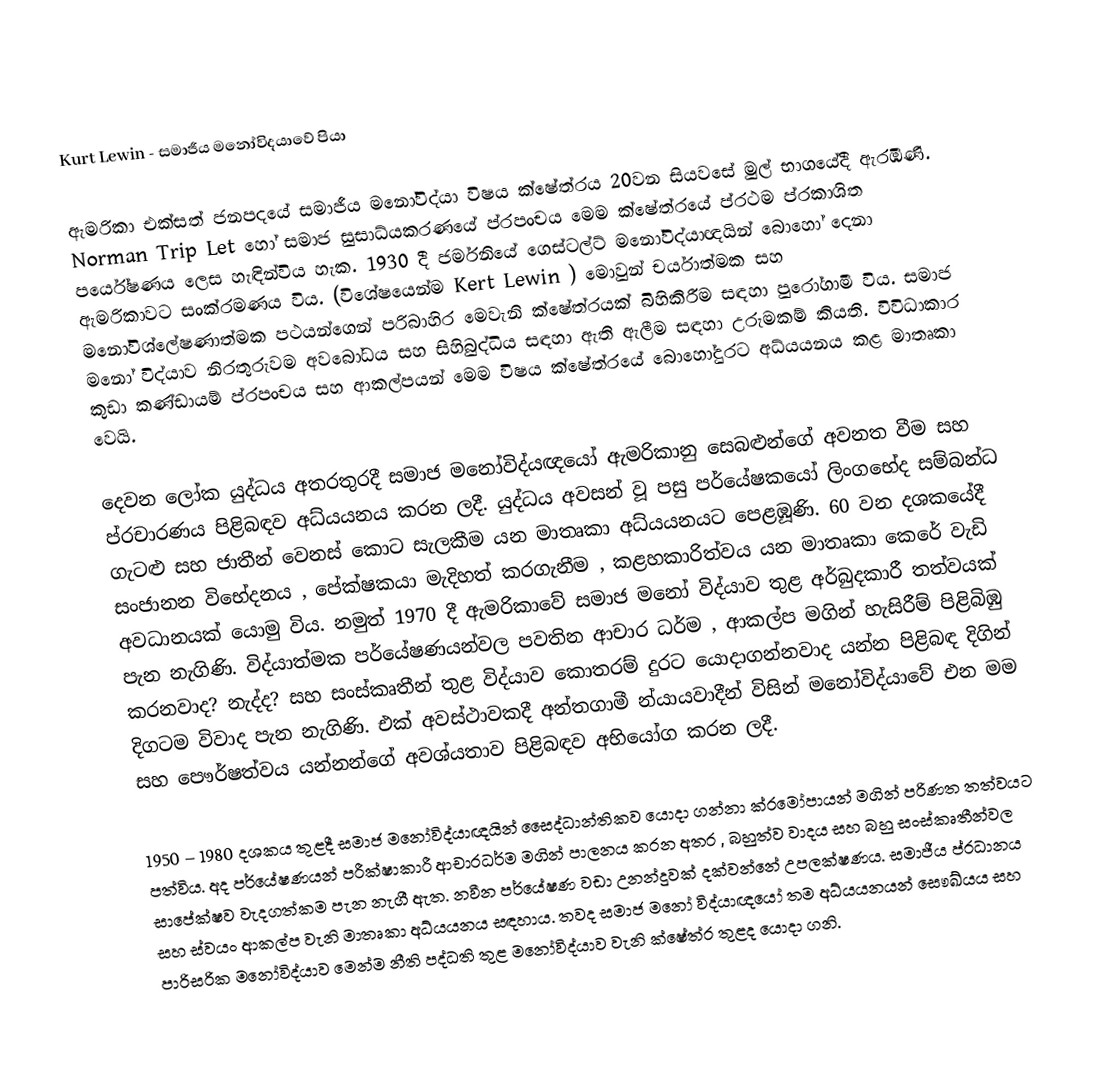
Kurt Lewin - සමාජීය මනෝවිදයාවේ පියා

ඇමරිකා එක්සත් ජනපදයේ සමාජීය මනෝවිද්යා විෂය ක්ෂේත්රය 20වන සියවසේ මුල් භාගයේදී ඇරඹිණි. Norman Trip Let  හෝ සමාජ සුසාධ්යකරණයේ ප්රපංචය මෙම ක්ෂේත්රයේ ප්රථම ප්රකාශිත පර්යේෂණය ලෙස හැඳින්විය හැක. 1930 දී ජර්මනියේ ගෙස්ටල්ට් මනෝවිද්යාඥයින් බොහෝ දෙනා ඇමරිකාවට සංක්රමණය විය. (විශේෂයෙන්ම Kert Lewin ) මොවුන් චර්යාත්මක සහ මනෝවිශ්ලේෂණාත්මක පථයන්ගෙන් පරිබාහිර මෙවැනි ක්ෂේත්රයක් බිහිකිරීම සඳහා පුරෝගාමී විය. සමාජ මනෝ විද්යාව නිරතුරුවම අවබෝධය සහ සිහිබුද්ධිය සඳහා ඇති ඇලීම සඳහා උරුමකම් කියති. විවිධාකාර කුඩා කණ්ඩායම් ප්රපංචය සහ ආකල්පයන් මෙම විෂය ක්ෂේත්රයේ බොහෝදුරට අධ්යයනය කළ මාතෘකා වෙයි.

දෙවන ලෝක යුද්ධය අතරතුරදී සමාජ මනෝවිද්යඥයෝ ඇමරිකානු සෙබළුන්ගේ අවනත වීම සහ ප්රචාරණය පිළිබඳව අධ්යයනය කරන ලදී. යුද්ධය අවසන් වූ පසු පර්යේෂකයෝ ලිංගභේද සම්බන්ධ ගැටළු සහ ජාතීන් වෙනස් කොට සැලකීම යන මාතෘකා අධ්යයනයට පෙළඹූණි. 60 වන දශකයේදී සංජානන විභේදනය , පේක්ෂකයා මැදිහත් කරගැනීම , කළහකාරිත්වය යන මාතෘකා කෙරේ වැඩි අවධානයක් යොමු විය. නමුත් 1970 දී ඇමරිකාවේ සමාජ මනෝ විද්යාව තුළ අර්බුදකාරී තත්වයක් පැන නැගිණි.  විද්යාත්මක පර්යේෂණයන්වල පවතින ආචාර ධර්ම , ආකල්ප මගින් හැසිරීම් පිළිබිඹු කරනවාද? නැද්ද? සහ සංස්කෘතීන් තුළ විද්යාව කොතරම් දුරට යොදාගන්නවාද යන්න පිළිබඳ දිගින් දිගටම විවාද පැන නැගිණි. එක් අවස්ථාවකදී අන්තගාමී න්යායවාදීන් විසින් මනෝවිද්යාවේ එන මම සහ පෞර්ෂත්වය යන්නන්ගේ අවශ්යතාව පිළිබඳව අභියෝග කරන ලදී.

1950 – 1980 දශකය තුළදී සමාජ මනෝවිද්යාඥයින් සෛද්ධාන්තිකව යොදා ගන්නා ක්රමෝපායන් මගින් පරිණත තත්වයට පත්විය. අද පර්යේෂණයන් පරීක්ෂාකාරී ආචාරධර්ම මගින් පාලනය කරන අතර , බහුත්ව වාදය සහ බහු සංස්කෘතීන්වල සාපේක්ෂව වැදගත්කම පැන නැගී ඇත. නවීන පර්යේෂණ වඩා උනන්දුවක් දක්වන්නේ උපලක්ෂණය. සමාජීය ප්රධානය සහ ස්වයං ආකල්ප වැනි මාතෘකා අධ්යයනය සඳහාය. තවද සමාජ මනෝ විද්යාඥයෝ තම අධ්යයනයන් සෞඛ්යය සහ පාරිසරික මනෝවිද්යාව මෙන්ම නීති පද්ධති තුළ මනෝවිද්යාව වැනි ක්ෂේත්ර තුළද යොදා ගනි.